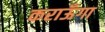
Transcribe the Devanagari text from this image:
कराऊँगा